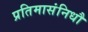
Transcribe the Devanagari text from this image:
प्रतिमासंनिधौ